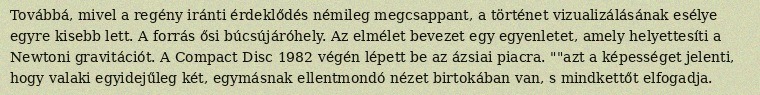
Továbbá, mivel a regény iránti érdeklődés némileg megcsappant, a történet vizualizálásának esélye egyre kisebb lett. A forrás ősi búcsújáróhely. Az elmélet bevezet egy egyenletet, amely helyettesíti a Newtoni gravitációt. A Compact Disc 1982 végén lépett be az ázsiai piacra. ""azt a képességet jelenti, hogy valaki egyidejűleg két, egymásnak ellentmondó nézet birtokában van, s mindkettőt elfogadja.